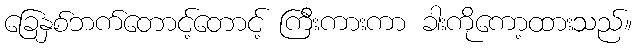
ခြေနှစ်ဘက်တောင့်တောင့် ကြီးကားကာ ခါးကိုကော့ထားသည်။